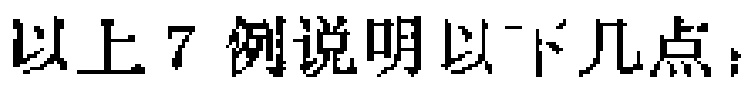
以上7例说明以下几点：